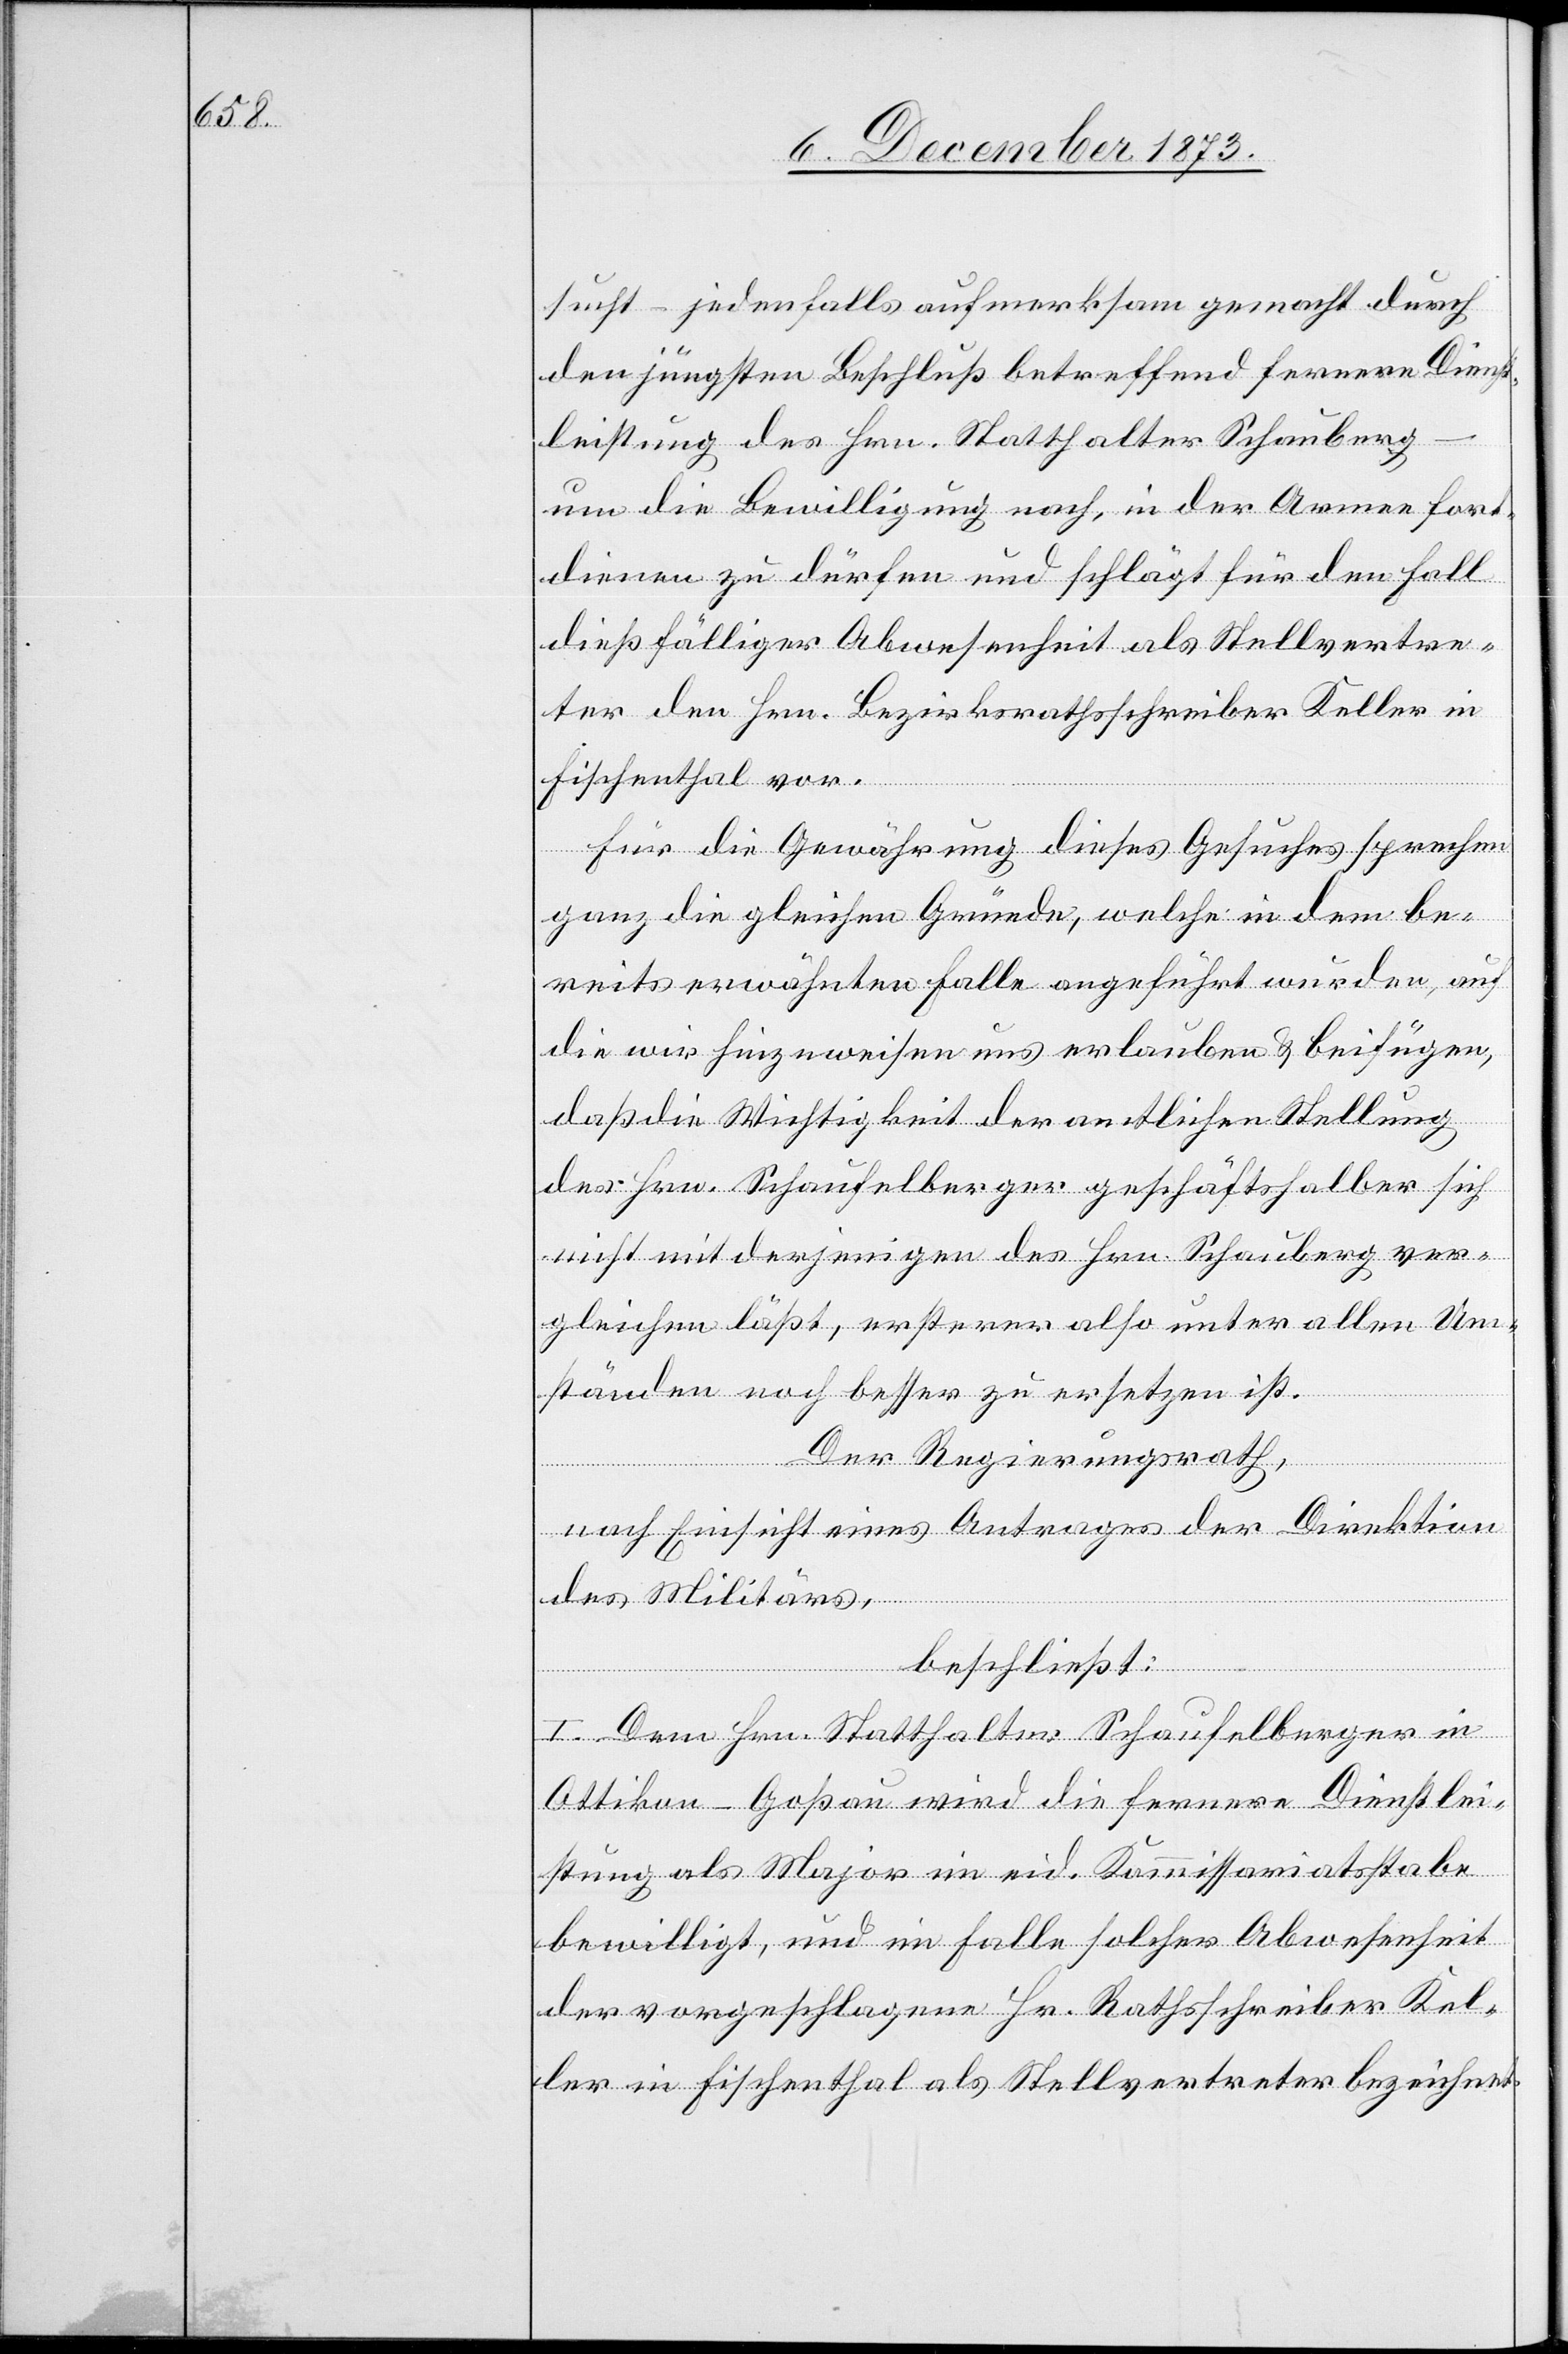
sucht – jedenfalls aufmerksam gemacht durch
den jüngsten Beschluß betreffend fernere Dienst¬
leistung des Hrn. Statthalter Schauberg
um die Bewilligung nach, in der Armee fort¬
dienen zu dürfen und schlägt für den Fall
dießfälliger Abwesenheit als Stellvertre¬
ter den Hrn. Bezirksrathsschreiber Keller in
Fischenthal vor.
Für die Gewährung dieses Gesuches sprechen
ganz die gleichen Gründe, welche in dem be¬
reits erwähnten Falle angeführt wurden, auf
die wir hinzuweisen uns erlauben & beifügen,
daß die Wichtigkeit der amtlichen Stellung
des Hrn. Schaufelberger geschäftshalber sich
nicht mit derjenigen des Hrn. Schauberg ver¬
gleichen läßt, ersterer also unter allen Um¬
ständen noch besser zu ersetzen ist.
Der Regierungsrath,
nach Einsicht eines Antrages der Direktion
des Militärs,
beschließt:
I. Dem Hrn. Statthalter Schaufelberger in
Ottikon - Goßau wird die fernere Dienstlei¬
stung als Major im eid. Kommissariatsstabe
bewilligt, und im Falle solcher Abwesenheit
der vorgeschlagene Hr. Rathsschreiber Kel¬
ler in Fischenthal als Stellvertreter bezeichnet.